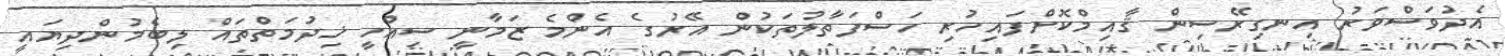
އެދުވަސްވަރު އިނގިރޭސިން ޤާއިމްކޮށްފައިހުރި ހަސްފަތާލުތަކުން އޭރުގެ އެންމެ ޒަމާނީ ސިއްހީ ޚިދުމަތްތައް ލިބެމުންދިޔައީ